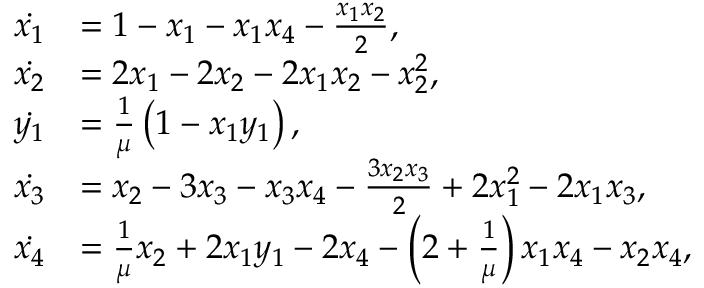
\begin{array} { r l } { \Dot { x _ { 1 } } } & { = 1 - x _ { 1 } - x _ { 1 } x _ { 4 } - \frac { x _ { 1 } x _ { 2 } } { 2 } , } \\ { \Dot { x _ { 2 } } } & { = 2 x _ { 1 } - 2 x _ { 2 } - 2 x _ { 1 } x _ { 2 } - x _ { 2 } ^ { 2 } , } \\ { \Dot { y _ { 1 } } } & { = \frac { 1 } { \mu } \left( 1 - x _ { 1 } y _ { 1 } \right) , } \\ { \Dot { x _ { 3 } } } & { = x _ { 2 } - 3 x _ { 3 } - x _ { 3 } x _ { 4 } - \frac { 3 x _ { 2 } x _ { 3 } } { 2 } + 2 x _ { 1 } ^ { 2 } - 2 x _ { 1 } x _ { 3 } , } \\ { \Dot { x _ { 4 } } } & { = \frac { 1 } { \mu } x _ { 2 } + 2 x _ { 1 } y _ { 1 } - 2 x _ { 4 } - \left( 2 + \frac { 1 } { \mu } \right) x _ { 1 } x _ { 4 } - x _ { 2 } x _ { 4 } , } \end{array}